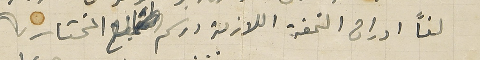
لفًا اوراق التمغة اللازمة ورسم طابع المختار